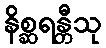
နိစ္ဆရန္တီသု